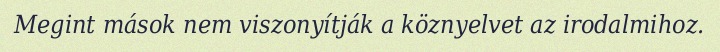
Megint mások nem viszonyítják a köznyelvet az irodalmihoz.